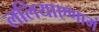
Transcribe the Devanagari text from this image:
ललियाएणामं